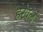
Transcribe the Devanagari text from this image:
हरवलं